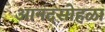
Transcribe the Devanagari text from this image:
आनंदसोहळा